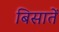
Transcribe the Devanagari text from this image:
बिसातें